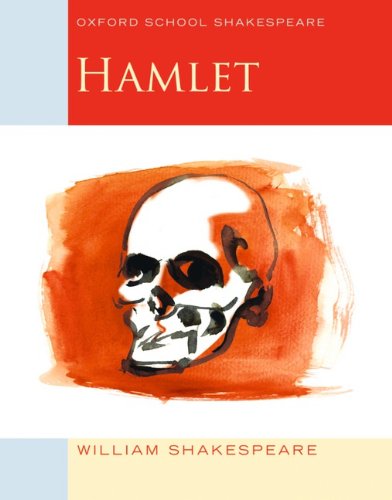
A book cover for Hamlet: Oxford School Shakespeare (Oxford School Shakespeare Series); William Shakespeare; Literature & Fiction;